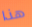
هذا